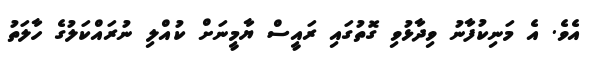
އެވެ. އެ މަނިކުފާނު ވިދާޅުވި ގޮތުގައި ރައީސް ޔާމީނަށް ކުއްލި ނުރައްކަލުގެ ހާލަތު